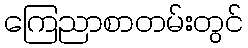
ကြေညာစာတမ်းတွင်